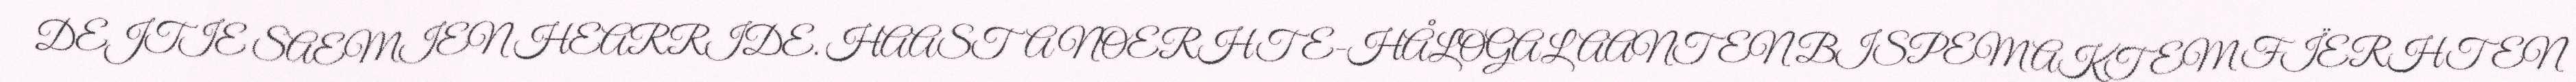
DEJTIE SAEMIEN HEARRIDE. HAASTA NOERHTE-HÅLOGALAANTEN BISPEM AKTEM FÏERHTEN